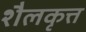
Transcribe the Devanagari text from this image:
शैलकृत्त